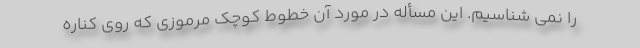
را نمی شناسیم. این مسأله در مورد آن خطوط کوچک مرموزی که روی کناره